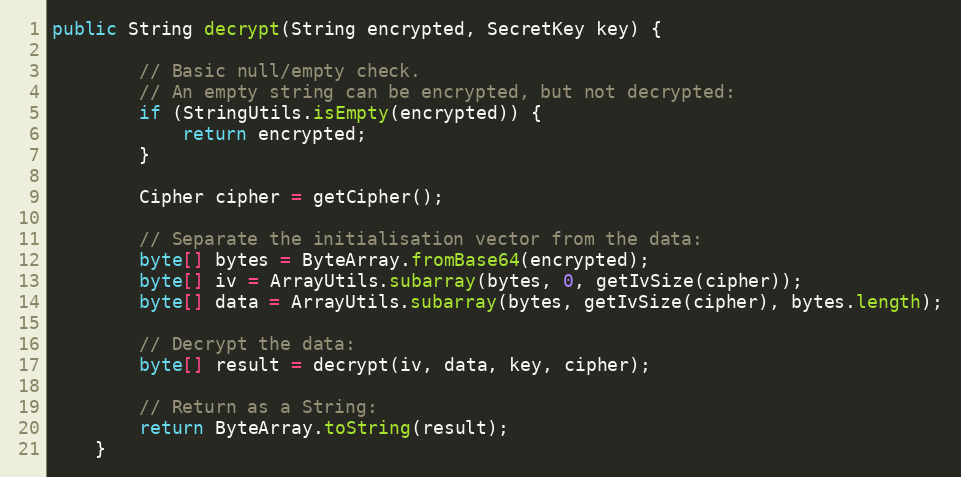
Language: Java
public String decrypt(String encrypted, SecretKey key) {

        // Basic null/empty check.
        // An empty string can be encrypted, but not decrypted:
        if (StringUtils.isEmpty(encrypted)) {
            return encrypted;
        }

        Cipher cipher = getCipher();

        // Separate the initialisation vector from the data:
        byte[] bytes = ByteArray.fromBase64(encrypted);
        byte[] iv = ArrayUtils.subarray(bytes, 0, getIvSize(cipher));
        byte[] data = ArrayUtils.subarray(bytes, getIvSize(cipher), bytes.length);

        // Decrypt the data:
        byte[] result = decrypt(iv, data, key, cipher);

        // Return as a String:
        return ByteArray.toString(result);
    }